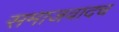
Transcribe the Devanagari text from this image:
समाजवादच